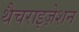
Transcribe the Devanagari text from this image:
थैचराइज़ेशन